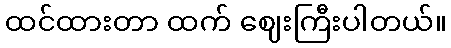
ထင်ထားတာ ထက် ဈေးကြီးပါတယ်။